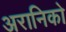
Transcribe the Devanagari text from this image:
अरानिको